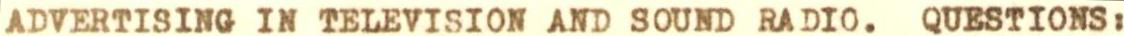
ADVERTISING IN TELEVISION AND SOUND RADIO. QUESTIONS: